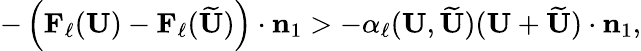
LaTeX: \begin{array}{r}{-\left(\mathbf{F}_{\ell}(\mathbf{U})-\mathbf{F}_{\ell}(\widetilde{\mathbf{U}})\right)\cdot\mathbf{n}_{1}>-\alpha_{\ell}(\mathbf{U},\widetilde{\mathbf{U}})(\mathbf{U}+\widetilde{\mathbf{U}})\cdot\mathbf{n}_{1},}\end{array}